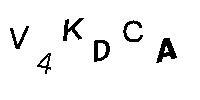
V4KDCA